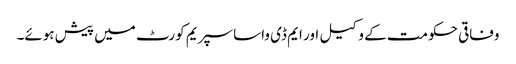
وفاقی حکومت کے وکیل اور ایم ڈی واسا سپریم کورٹ میں پیش ہوئے۔